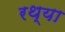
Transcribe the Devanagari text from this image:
रथ्या